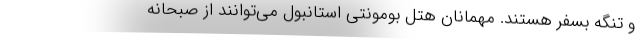
و تنگه بسفر هستند. مهمانان هتل بومونتی استانبول می‌توانند از صبحانه